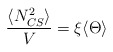
\begin{align*}\frac{\langle N_{CS}^2\rangle}{V}=\xi\langle \Theta \rangle\end{align*}